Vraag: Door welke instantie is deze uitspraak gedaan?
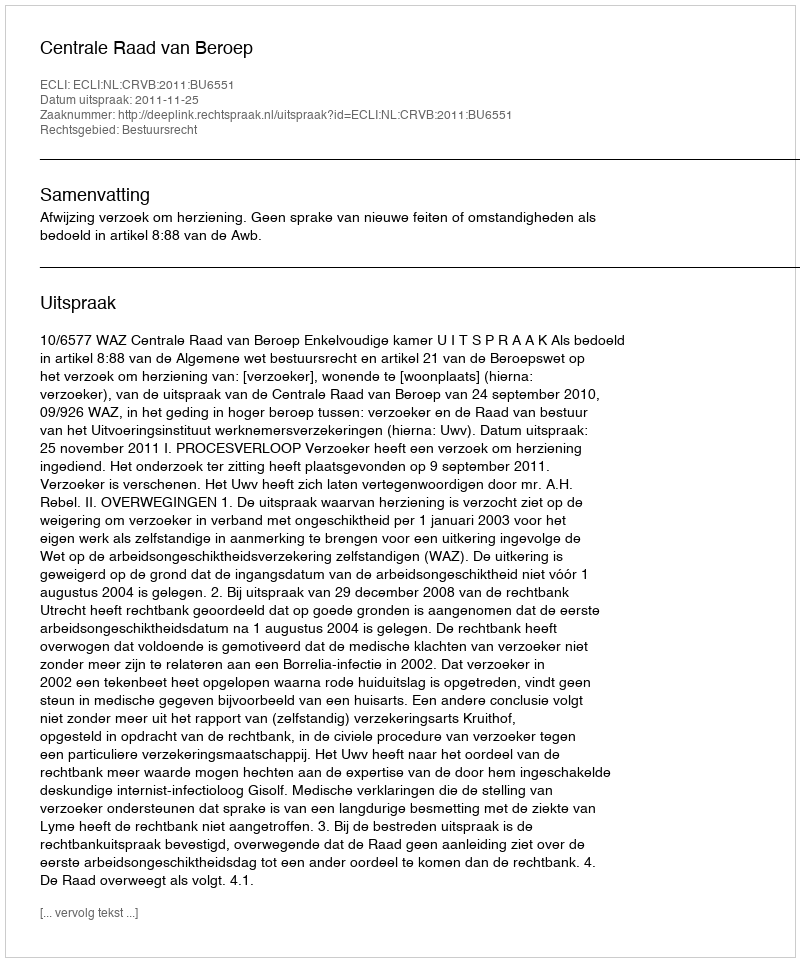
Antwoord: Centrale Raad van Beroep